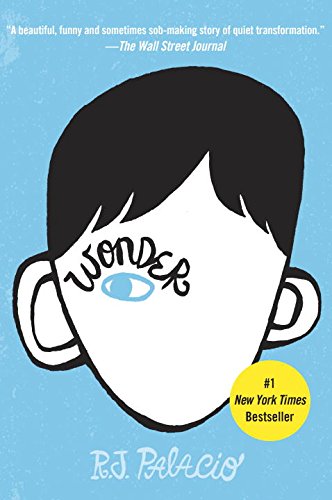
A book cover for Wonder; R. J. Palacio; Reference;